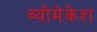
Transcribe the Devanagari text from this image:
व्योमेकेश